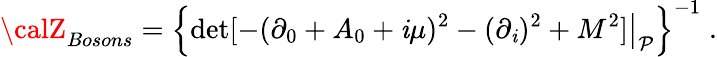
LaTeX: {\calZ}_{Bosons}=\left\{ \left.\operatorname*{det}[-(\partial_{0}+A_{0}+\mathit{i}\mu)^{2}-(\partial_{\mathit{i}})^{2}+M^{2}]\right|_{\mathcal{P}}\right\} ^{-1}\; .